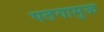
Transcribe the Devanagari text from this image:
पतंगामुळे